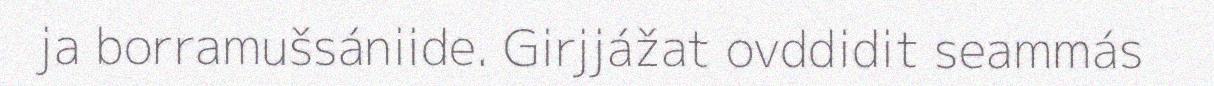
ja borramušsániide. Girjjážat ovddidit seammás